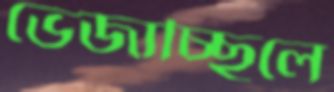
ভেজাচ্ছিলে